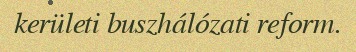
kerületi buszhálózati reform.